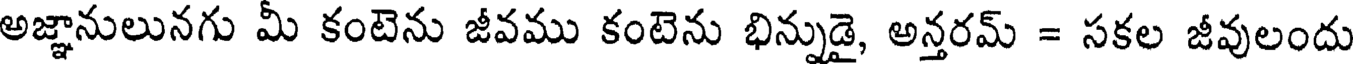
అజ్ఞానులునగు మీ కంటెను జీవము కంటెను భిన్నుడై, అన్తరమ్ = సకల జీవులందు